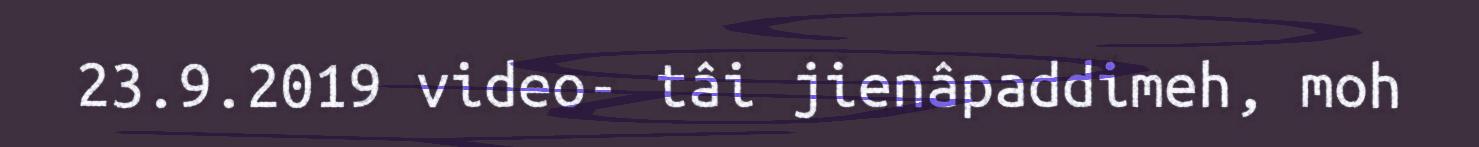
23.9.2019 video- tâi jienâpaddimeh, moh